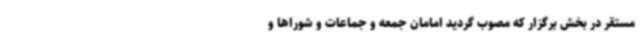
مستقر در بخش برگزار که مصوب گردید امامان جمعه و جماعات و شوراها و